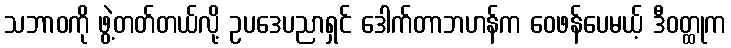
သဘာဝကို ဖွဲ့တတ်တယ်လို့ ဥပဒေပညာရှင် ဒေါက်တာဘဟန်က ဝေဖန်ပေမယ့် ဒီဝတ္ထုက